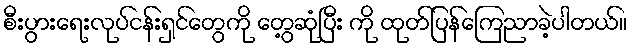
စီးပွားရေးလုပ်ငန်းရှင်တွေကို တွေ့ဆုံပြီး ကို ထုတ်ပြန်ကြေညာခဲ့ပါတယ်။